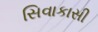
સિવાકાસી